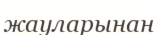
жауларынан